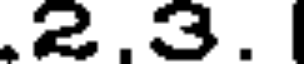
2.3.